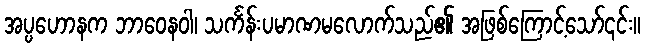
အပ္ပဟောနက ဘာဝေနဝါ၊ သင်္ကန်းပမာဏမလောက်သည်၏ အဖြစ်ကြောင့်သော်၎င်း။